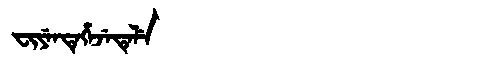
Manchu: ᠸᡳᠶᡝᠨᡨᡝᡥᡝᠵᡝᡨᡝᠯᡝ
Romanization: FIYENTEHEJETELE